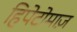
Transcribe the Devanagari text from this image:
हिपेटोमाज़